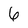
Character: 6